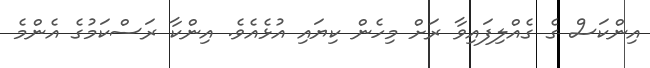
އިންކަސް ގެ ގެއްލިފައިވާ ރަށް މިހެން ކިޔައި އުޅެއެވެ. އިންކާ ރަސްކަމުގެ އެންމެ